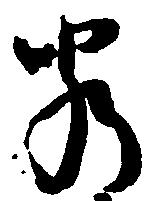
若